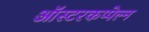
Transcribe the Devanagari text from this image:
ऑस्टरकप्पेल्न